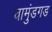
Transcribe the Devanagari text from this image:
चामुंडगड